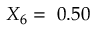
X _ { 6 } = \ 0 . 5 0